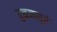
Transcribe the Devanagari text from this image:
तुळजापुरं